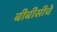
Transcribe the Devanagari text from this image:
बीबीसीचे